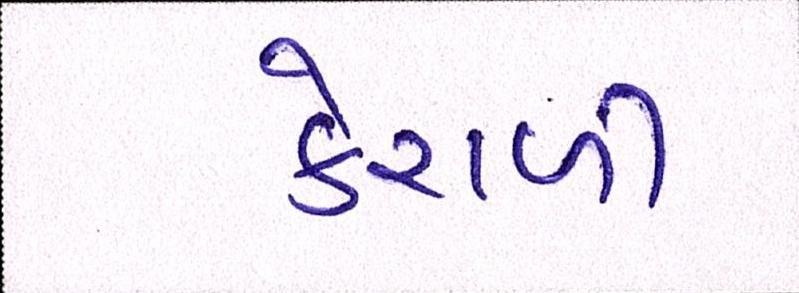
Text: કેરાળી